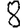
Digit: 8